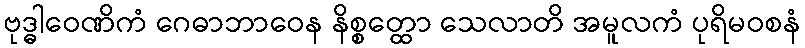
ဗုဒ္ဓါဝေဏိကံ ဂေဓာဘာဝေန နိစ္စတ္ထော သေလာတိ အမူလကံ ပုရိမဝစနံ